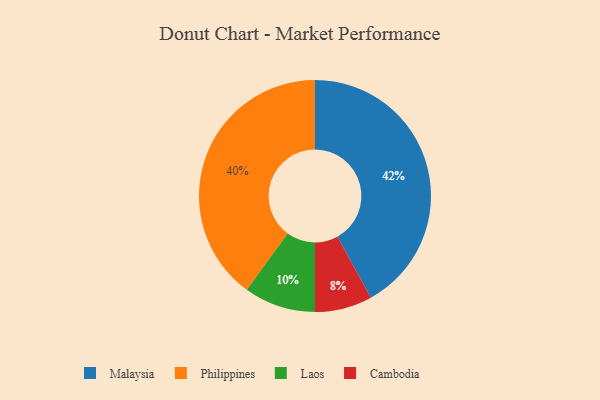
{"axis": {"x": "Category", "y": "Percentage"}, "legend": ["Cambodia", "Laos", "Malaysia", "Philippines"], "data": [{"x": "Cambodia", "y": 8, "type": "Cambodia"}, {"x": "Philippines", "y": 40, "type": "Philippines"}, {"x": "Malaysia", "y": 42, "type": "Malaysia"}, {"x": "Laos", "y": 10, "type": "Laos"}]}